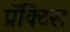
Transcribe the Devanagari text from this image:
प्रॅक्‍टिस